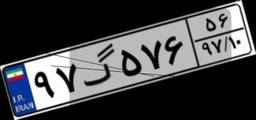
۹۷گ۵۷۶۵۶